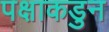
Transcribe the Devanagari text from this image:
पक्षाकडुन